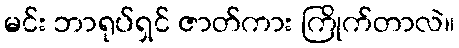
မင်း ဘာရုပ်ရှင် ဇာတ်ကား ကြိုက်တာလဲ။